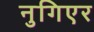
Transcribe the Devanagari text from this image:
नुगिएर